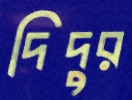
দিদুর